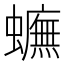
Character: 𧓼